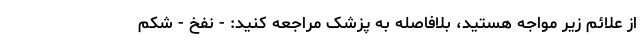
از علائم زیر مواجه هستید، بلافاصله به پزشک مراجعه کنید: - نفخ - شکم